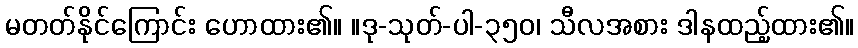
မတတ်နိုင်ကြောင်း ဟောထား၏။ ။ဒု-သုတ်-ပါ-၃၅၀၊ သီလအစား ဒါနထည့်ထား၏။